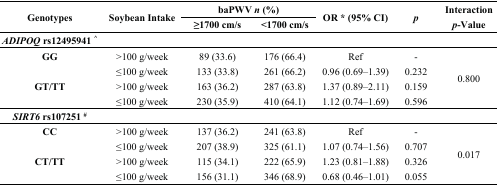
<table><thead><tr><td rowspan="2"><b>Genotypes</b></td><td rowspan="2"><b>Soybean Intake</b></td><td colspan="2"><b>baPWV <i>n</i> (%)</b></td><td rowspan="2"><b>OR * (95% CI)</b></td><td rowspan="2"><b><i>p</i></b></td><td rowspan="2"><b>Interaction <i>p</i>-Value</b></td></tr><tr><td><b>≥1700 cm/s</b></td><td><b>&lt;1700 cm/s</b></td></tr></thead><tbody><tr><td colspan="7"><b><i>ADIPOQ</i> rs12495941 <sup>^</sup></b></td></tr><tr><td><b>GG</b></td><td>&gt;100 g/week</td><td>89 (33.6)</td><td>176 (66.4)</td><td>Ref</td><td>-</td><td rowspan="4">0.800</td></tr><tr><td></td><td>≤100 g/week</td><td>133 (33.8)</td><td>261 (66.2)</td><td>0.96 (0.69–1.39)</td><td>0.232</td></tr><tr><td><b>GT/TT</b></td><td>&gt;100 g/week</td><td>163 (36.2)</td><td>287 (63.8)</td><td>1.37 (0.89–2.11)</td><td>0.159</td></tr><tr><td></td><td>≤100 g/week</td><td>230 (35.9)</td><td>410 (64.1)</td><td>1.12 (0.74–1.69)</td><td>0.596</td></tr><tr><td><b><i>SIRT6</i> rs107251 <sup>#</sup></b></td><td></td><td></td><td></td><td></td><td></td><td></td></tr><tr><td><b>CC</b></td><td>&gt;100 g/week</td><td>137 (36.2)</td><td>241 (63.8)</td><td>Ref</td><td>-</td><td rowspan="4">0.017</td></tr><tr><td></td><td>≤100 g/week</td><td>207 (38.9)</td><td>325 (61.1)</td><td>1.07 (0.74–1.56)</td><td>0.707</td></tr><tr><td><b>CT/TT</b></td><td>&gt;100 g/week</td><td>115 (34.1)</td><td>222 (65.9)</td><td>1.23 (0.81–1.88)</td><td>0.326</td></tr><tr><td></td><td>≤100 g/week</td><td>156 (31.1)</td><td>346 (68.9)</td><td>0.68 (0.46–1.01)</td><td>0.055</td></tr></tbody></table>